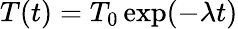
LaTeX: T(t)=T_{0}\exp(-\lambda t)